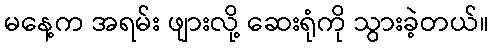
မနေ့က အရမ်း ဖျားလို့ ဆေးရုံကို သွားခဲ့တယ်။